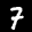
Label: 7